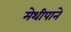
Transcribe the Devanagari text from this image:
मेथीपाने